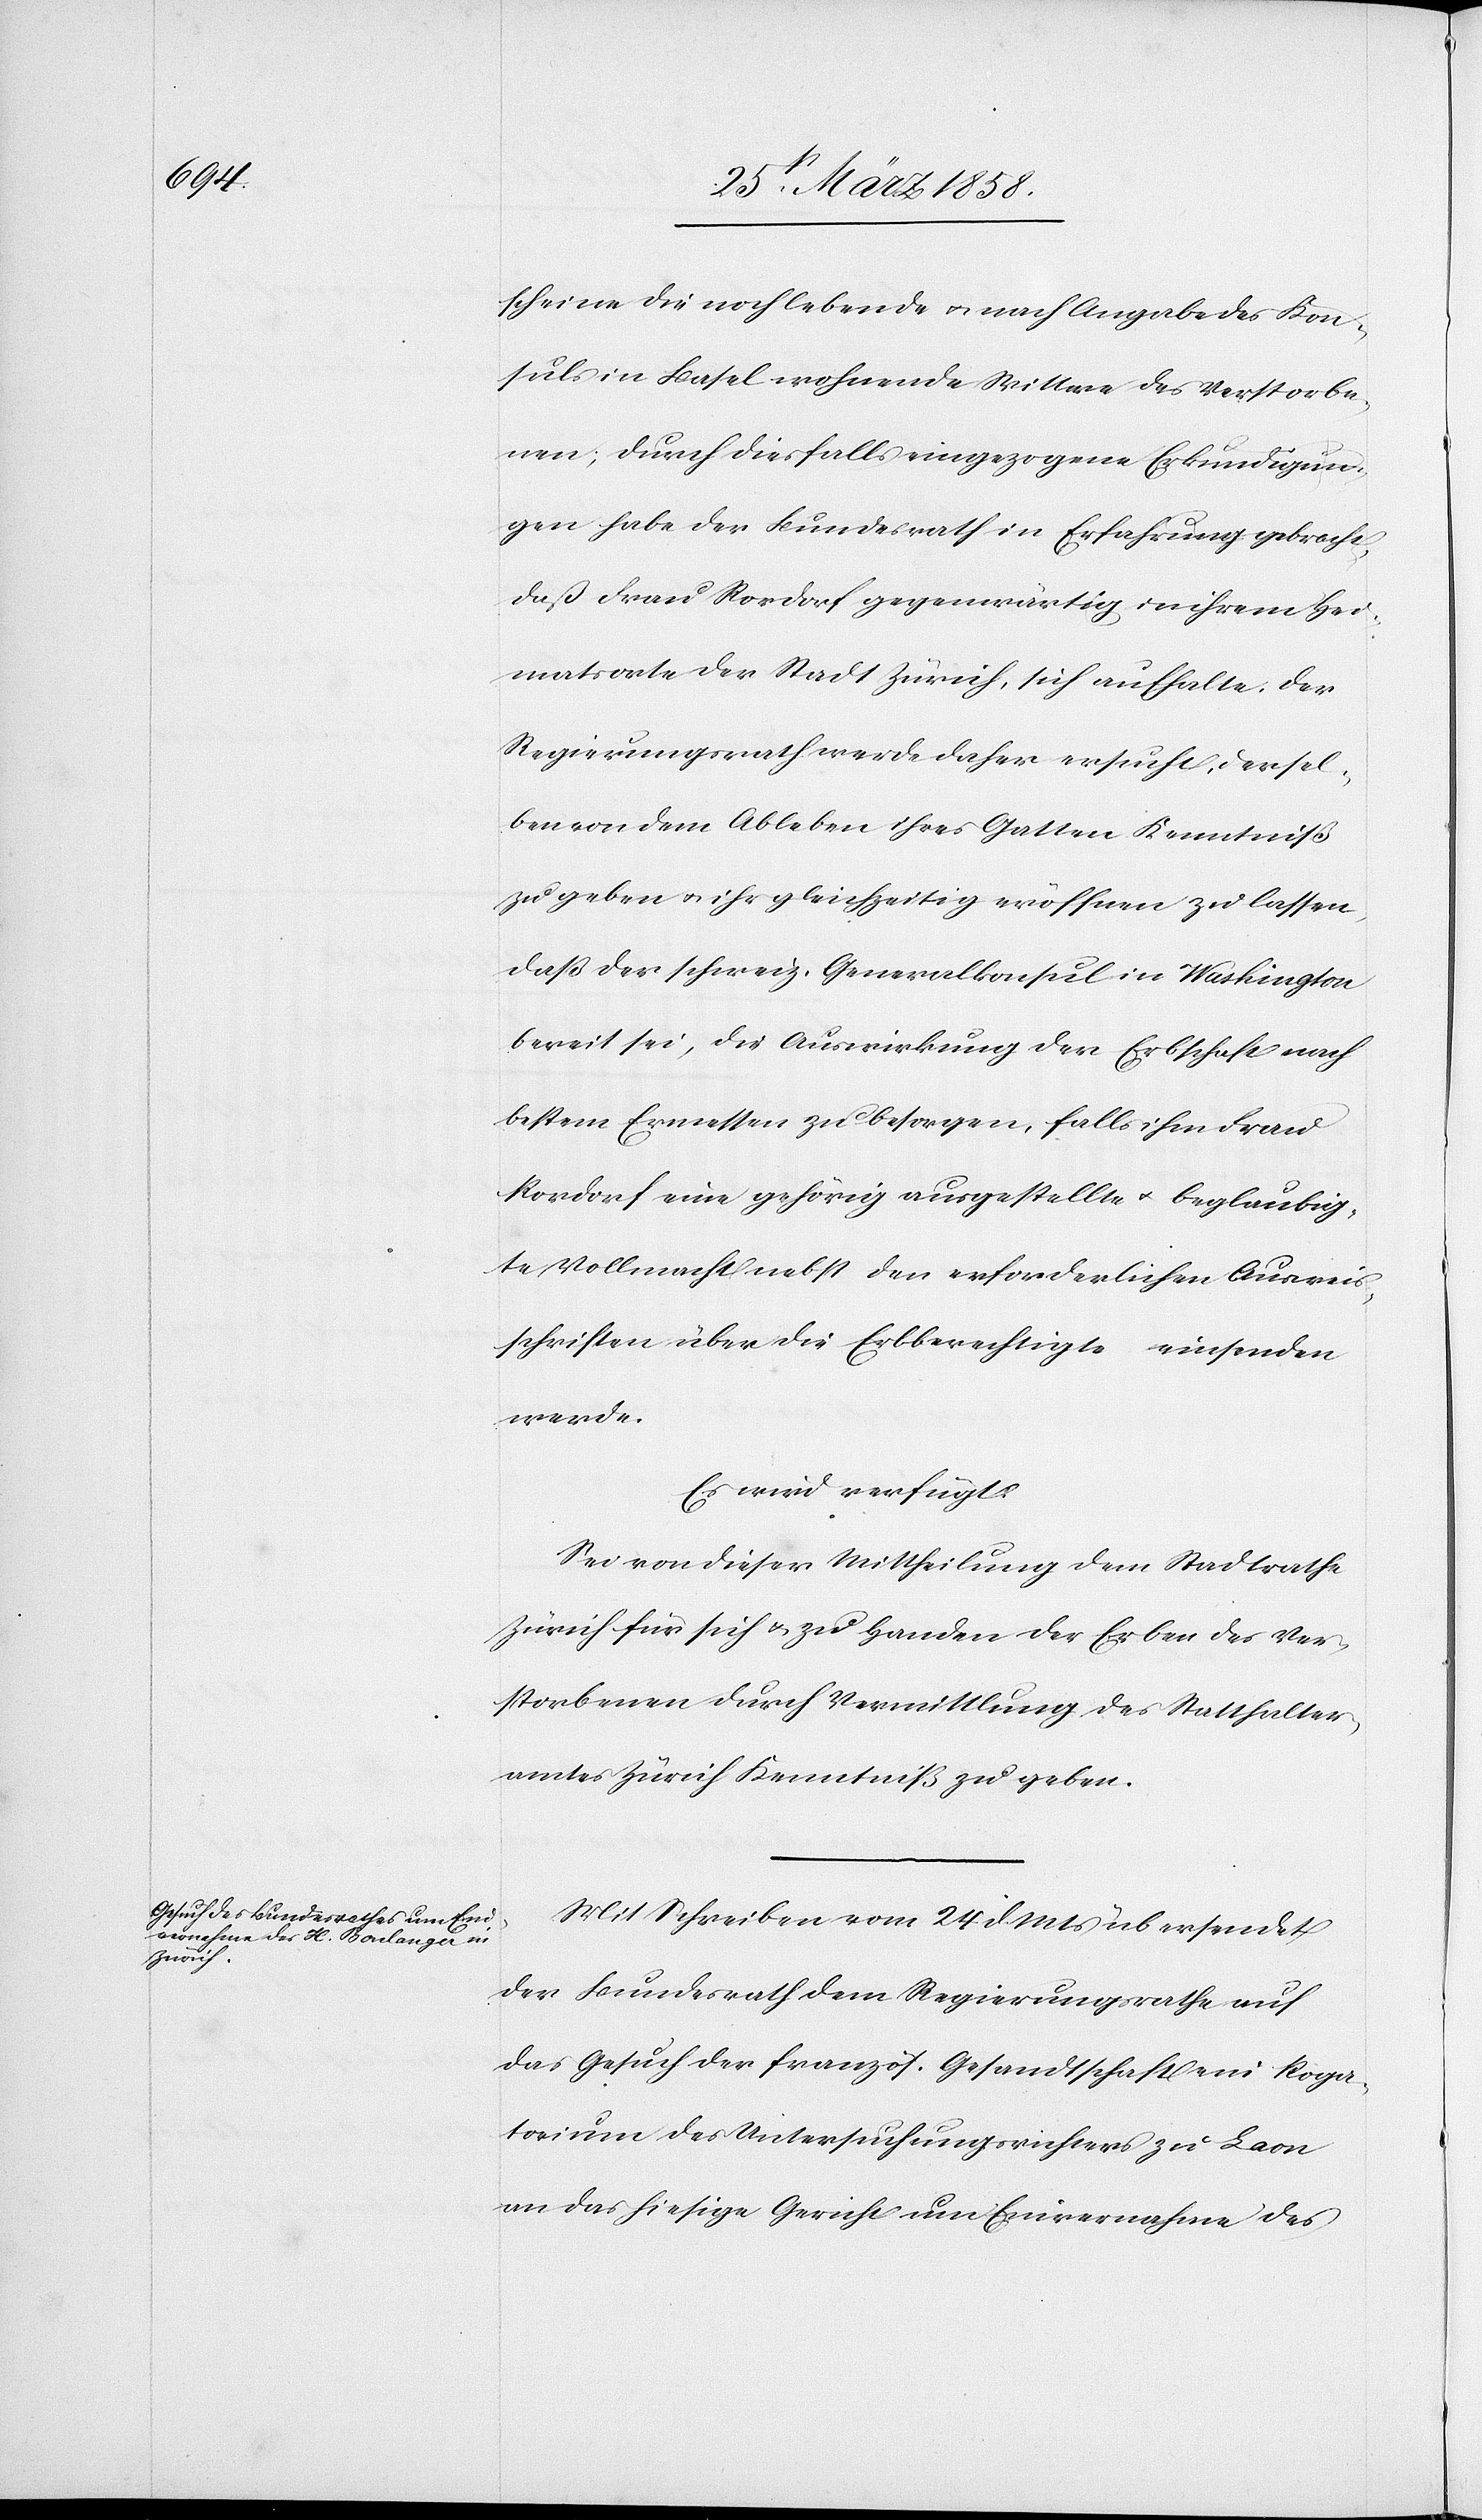
26st März 1858.]
scheine die noch lebende u. nach Angabe des Kon¬
suls in Basel wohnende Wittwe des Verstorbe¬
nen; durch diesfalls eingezogene Erkundigun¬
gen habe der Bundesrath in Erfahrung gebracht,
daß Frau Rordorf gegenwärtig in ihrem Hei¬
matsorte der Stadt Zürich, sich aufhalte. Der
Regierungsrath werde daher ersucht, dersel¬
ben von dem Ableben ihres Gatten Kenntniß
zu geben u. ihr gleichzeitig eröffnen zu lassen,
daß der schweiz. Generalkonsul in Washington
bereit sei, die Auswirkung der Erbschaft nach
bestem Ermessen zu besorgen, falls ihm Frau
Rordorf eine gehörig ausgestellte u. beglaubig¬
te Vollmacht nebst den erforderlichen Ausweis¬
schriften über die Erbberechtigte einsenden
werde.
Es wird verfügt:
Sei von dieser Mittheilung dem Stadtrathe
Zürich für sich u. zu Handen der Erben des Ver¬
storbenen durch Vermittlung des Statthalter¬
amtes Zürich Kenntniß zu geben.
Mit Schreiben vom 24. d. Mts. übersendet
der Bundesrath dem Regierungsrathe auf
das Gesuch der französ. Gesandtschaft ein Roga¬
torium des Untersuchungsrichters zu Leon
an das hiesige Gericht um Einvernahme des